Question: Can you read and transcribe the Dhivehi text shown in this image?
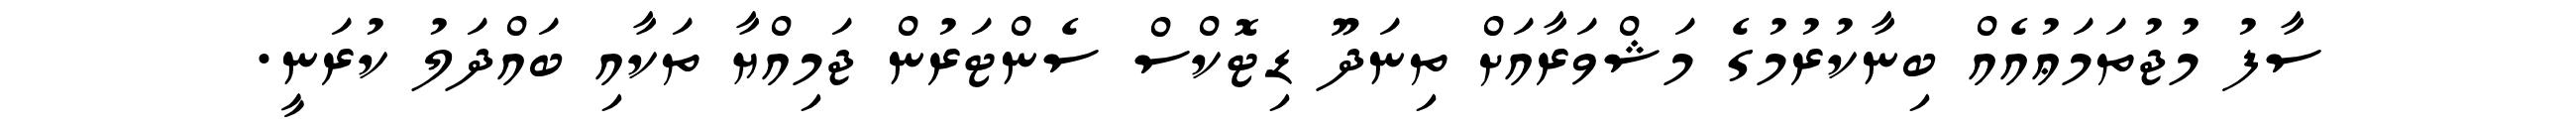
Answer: ސާފު މުޖުތަމަޢުއެއް ބިނާކުރުމުގެ މަޝްވަރާއަށް ތިނަދޫ ޑިޓޮކްސް ސެންޓަރުން ޖަމިއްޔާ ތަކާއި ބައްދަލު ކުރަނީ.